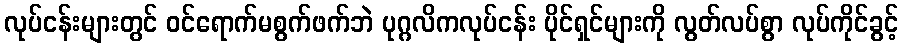
လုပ်ငန်းများတွင် ဝင်ရောက်မစွက်ဖက်ဘဲ ပုဂ္ဂလိကလုပ်ငန်း ပိုင်ရှင်များကို လွတ်လပ်စွာ လုပ်ကိုင်ခွင့်